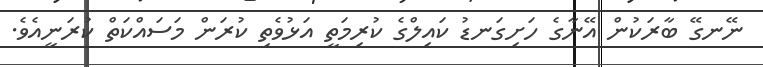
ނޭނގޭ ބާރަކުން އޭނާގެ ހަށިގަނޑު ކައިލްގެ ކުރިމަތީ އަޅުވެތި ކުރަން މަސައްކަތް ކުރަނީއެވެ.